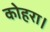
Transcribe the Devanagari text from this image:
कोहरा।